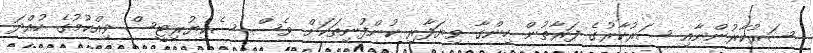
ސަރުކާރުންނާއި ސަރުކާރުގެ ފަރާތުން ހިންގާ ވިޔަފާރި ކުންފުނިތަކަށް ވެސް ސެކިޔުރިޓީސް ވިއްކުމުގެ ހުއްދަ